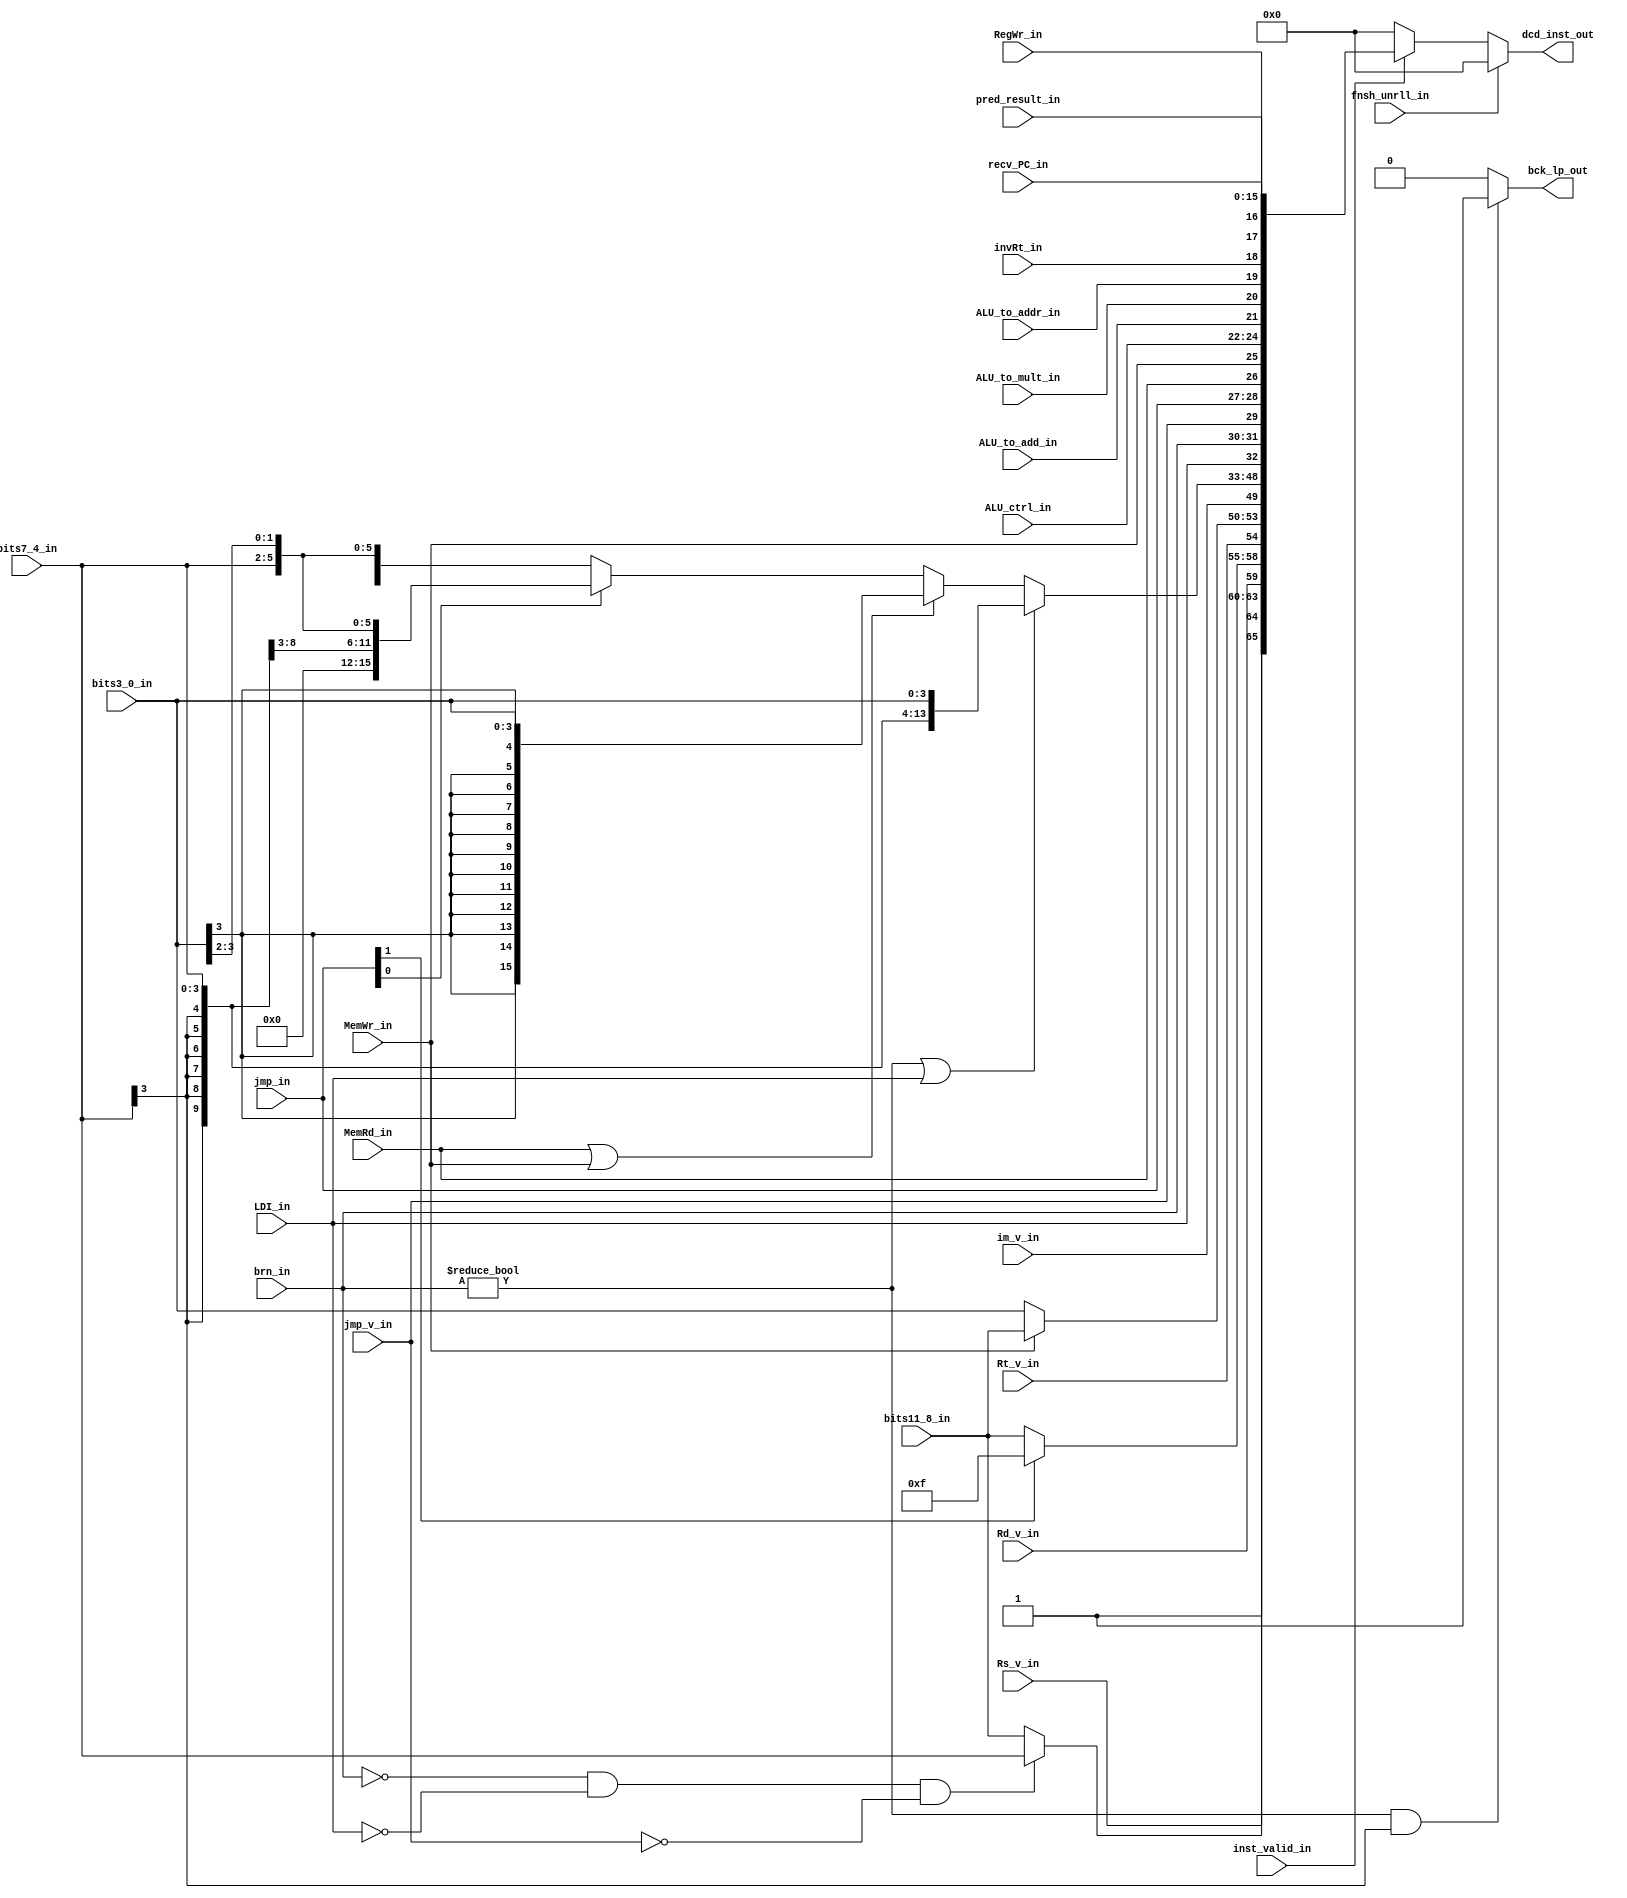
module Interpretor(
	// input
	bits11_8_in,
	bits7_4_in,
	bits3_0_in,
	LDI_in,
	brn_in,
	jmp_in,
	MemRd_in,
	MemWr_in,
	invRt_in,
	ALU_ctrl_in,
	Rs_v_in,
	Rd_v_in,
	Rt_v_in,
	im_v_in,
	RegWr_in,
	jmp_v_in,
	ALU_to_add_in,
	ALU_to_mult_in,
	ALU_to_addr_in,
	pred_result_in,
	fnsh_unrll_in,
	recv_PC_in,
	inst_valid_in,		
	// output
	dcd_inst_out,
	bck_lp_out);

	input	[15:0]	recv_PC_in;
	input	[3:0]	bits11_8_in, bits7_4_in, bits3_0_in;
	input		LDI_in, MemRd_in, MemWr_in, invRt_in, Rs_v_in, Rd_v_in, Rt_v_in, im_v_in, RegWr_in, jmp_v_in, ALU_to_add_in, ALU_to_mult_in, ALU_to_addr_in, pred_result_in, fnsh_unrll_in, inst_valid_in;
	input	[1:0]	brn_in, jmp_in;
	input	[2:0]	ALU_ctrl_in;

	output	[65:0]	dcd_inst_out;
	output		bck_lp_out;

	wire 	[3:0]	Rs, Rd, Rt;
	wire	[15:0]	immediate;

	
	assign Rs = (brn_in == 2'b00 && LDI_in == 1'b0 && jmp_v_in == 1'b0) ? bits7_4_in : bits11_8_in; 
	assign Rt = (MemWr_in == 1'b1) ? bits11_8_in : bits3_0_in;
	//changed from  assign Rd = bits11_8_in; to:
	assign Rd = (jmp_in[1] == 1'b1) ? 5'd15 : bits11_8_in;
	assign immediate = (brn_in != 2'b00 || LDI_in == 1'b1) ? {{8{bits7_4_in[3]}}, bits7_4_in, bits3_0_in} : 
			   (MemRd_in == 1'b1 || MemWr_in == 1'b1) ? {{12{bits3_0_in[3]}}, bits3_0_in} :
			   (jmp_in[0] == 1'b1) ? {{6{bits7_4_in[3]}},bits7_4_in, bits3_0_in[3:2]} : {{6{bits11_8_in[3]}}, bits11_8_in, bits7_4_in, bits3_0_in[3:2]};
	assign dcd_inst_out = (fnsh_unrll_in == 1'b1) ? 66'b0 : (inst_valid_in) ? {inst_valid_in, Rs_v_in, Rs, Rd_v_in, Rd, Rt_v_in, Rt, im_v_in, immediate, LDI_in, brn_in, jmp_v_in, jmp_in, MemRd_in, MemWr_in, ALU_ctrl_in, ALU_to_add_in, ALU_to_mult_in, ALU_to_addr_in, invRt_in, RegWr_in, pred_result_in, recv_PC_in} : 66'b0;
	assign bck_lp_out = (brn_in != 2'b00 && bits7_4_in[3] == 1'b1) ? 1 : 0;




endmodule